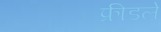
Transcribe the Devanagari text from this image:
फ्रीडले